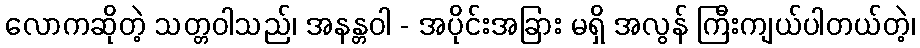
လောကဆိုတဲ့ သတ္တဝါသည်၊ အနန္တဝါ - အပိုင်းအခြား မရှိ အလွန် ကြီးကျယ်ပါတယ်တဲ့၊